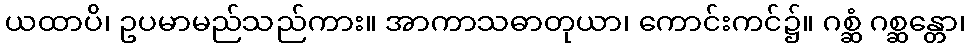
ယထာပိ၊ ဥပမာမည်သည်ကား။ အာကာသဓာတုယာ၊ ကောင်းကင်၌။ ဂစ္ဆံ ဂစ္ဆန္တော၊